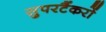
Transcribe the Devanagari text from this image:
सुपरटैंकरों